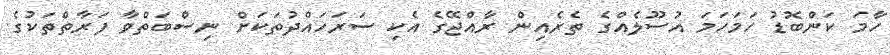
ހާމަ ކަންބޮޑު ހަމަހަމަ އުސޫލެއްގެ ތެރެއިން ރާއްޖޭގެ އެކި ސަރަހައްދުތަކަށް ނިސްބަތްވާ ފަރާތްތަކުގެ